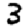
Digit: 3